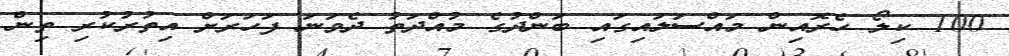
100 ކިލޯ ހެރޮއިން މައްސަލައިގައި ބަންދުގެ މުއްދަތު ދެވަނަ ފަހަރަށް އިތުރުކުރި ތިން